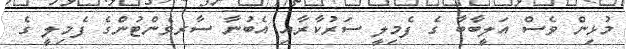
މުޅިން ވެސް އަލީބާބާ ގެ ފެމިލީ ސަރުކާރާއި އެބުނާ ސާރވެންޓުންގެ ފެމިލީ ގެ